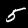
Label: 5